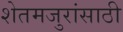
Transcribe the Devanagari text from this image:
शेतमजुरांसाठी